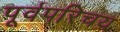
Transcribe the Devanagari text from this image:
पूर्वपरिचय